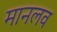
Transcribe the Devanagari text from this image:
मानलव